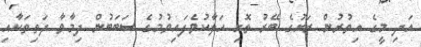
އަދި މީގެ އިތުރުން ރަށުގެ ބޭރު ތޮށި ހަލާކުވެފައިވުމުގެ ސަބަބުން ދިމާވާ ދަތިތަކާއި